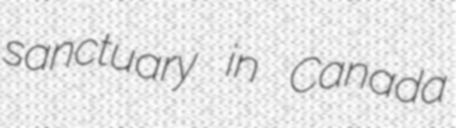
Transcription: sanctuary in Canada